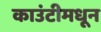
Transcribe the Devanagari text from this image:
काउंटीमधून